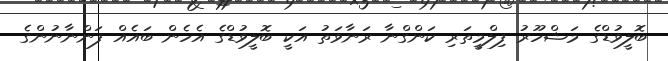
ބޮލީވުޑްގެ މަޝްހޫރު ފިލްމީތަރި ކަންގްނާ ރަނާވަތު އަކީ ބޮލީވުޑްގެ އެހެން ބައެއް ފަންނާނުންގެ